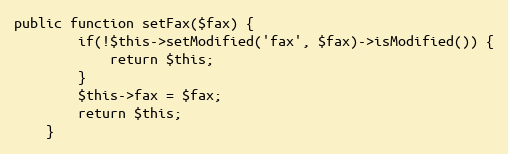
Language: PHP
public function setFax($fax) {
        if(!$this->setModified('fax', $fax)->isModified()) {
            return $this;
        }
		$this->fax = $fax;
		return $this;
    }